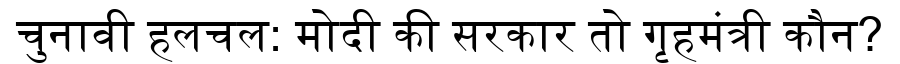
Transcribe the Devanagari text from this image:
चुनावी हलचल: मोदी की सरकार तो गृहमंत्री कौन?